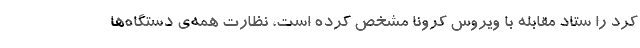
کرد را ستاد مقابله با ویروس کرونا مشخص کرده است، نظارت همه‌ی دستگاه‌ها